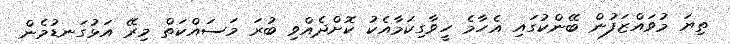
ތިޔަ މުވައްޒަފުން ބޭންކުގައި އެހާމެ ހީވާގިކަމާއެކު ކޮށްދެއްވި ބުރަ މަސައްކަތް މިރޭ އަޅުގަނޑުމެން